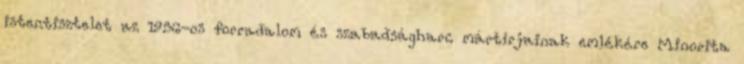
istentisztelet az 1956-os forradalom és szabadságharc mártírjainak emlékére Minorita